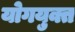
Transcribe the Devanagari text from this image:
योगयुक्त